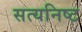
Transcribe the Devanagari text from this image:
सत्यनिष्ट